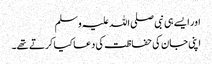
اور ایسے ہی نبی صلی اللہ علیہ وسلم
اپنی جان کی حفاظت کی دعا کیا کرتے تھے۔